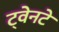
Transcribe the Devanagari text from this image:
ट्वेनटे